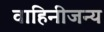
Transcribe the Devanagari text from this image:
वाहिनीजन्य